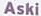
Aski